Scotch Education Department, 1916
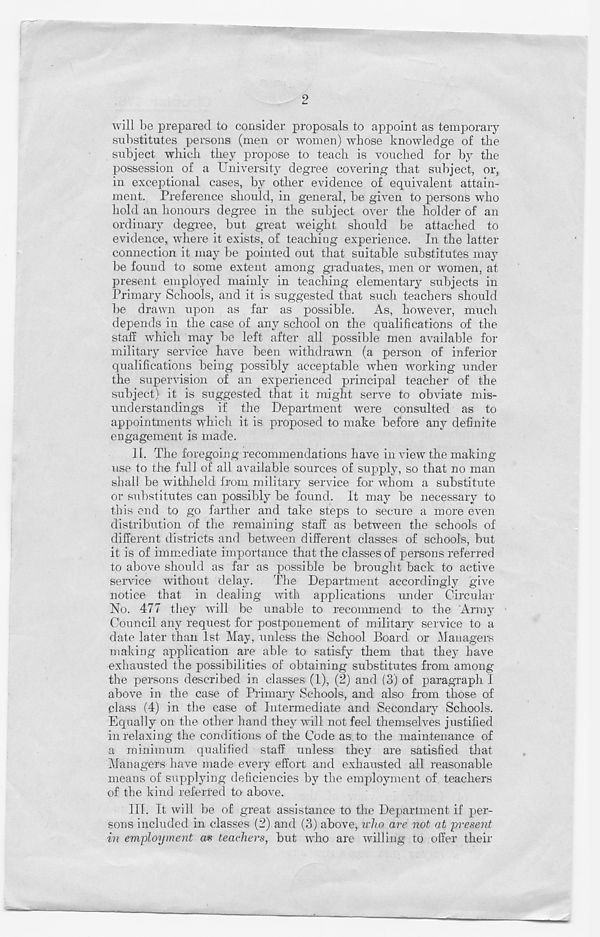
2
will be prepared to consider proposals to appoint as temporary
substitutes persons (men or women) whose knowledge of the
subject which they propose to teach is vouched for by the
possession of a Universit}- degree covering that subject, or,
in exceptional cases, by other evidence of equivalent attain-
ment. Preference should, in general, be given to persons who
hold an honours degree in the subject over the holder of an
ordinary degree, but great weight should be attached to
evidence, where it exists, of teaching experience. In the latter
connection it may be pointed out that suitable substitutes may
be found to some extent among graduates, men or women, at
present employed mainly in teaching elementary subjects in
Primary Schools, and it is suggested that such teachers should
be drawn upon as far as possible. As, however, much
depends in the case of any school on the qualifications of the
staff which may be left after all possible men available for
military service have been withdrawn (a person of inferior
qualifications being possibly acceptable when working under
the supervision of an experienced principal teacher of the
subject) it is suggested that it might serve to obviate mis-
understandings if the Department were consulted as to
appointments which it is proposed to make before any definite
engagement is made.
II. The foregoing recommendations have in view the making-
use to the full of all available sources of supply, so that no man
shall be withheld from military service for whom a substitute
or substitutes can possibly be found. It may be necessary to
this end to go farther and take steps to secure a more even
distribution of the remaining staff as between the schools of
different districts and between different classes of schools, but
it is of immediate importance that the classes of persons referred
to above should as far as possible be brought back to active
service without delay. The Department accordingly give
notice that in dealing with applications under Circular
No. 477 they will be unable to recommend to the Army
Council any request for postponement of military service to a
date later than 1st May, unless the School Board or Managers
making application are able to satisfy them that they have
exhausted the possibilities of obtaining substitutes from among
the persons described in classes (1), (2) and (3) of paragraph I
above in the case of Primary Schools, and also from those of
class (4) in the case of Intermediate and Secondary Schools.
Equally on the other hand the}^ will not feel themselves justified
in relaxing the conditions of the Code as to the maintenance of
a minimum qualified staff unless they are satisfied that
Managers have made every effort and exhausted all reasonable
means of supplying deficiencies by the employment of teachers
of the kind referred to above.
III. It will be of great assistance to the Department if per-
sons included in classes (2) and (3) above, ifho are not at present
in employment as teachers, but who are willing to offer their